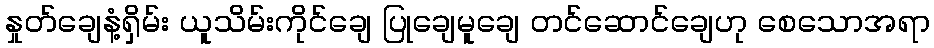
နှုတ်ချေနံ့ရှိမ်း ယူသိမ်းကိုင်ချေ ပြုချေမူချေ တင်ဆောင်ချေဟု စေသောအရာ